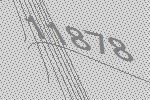
11878